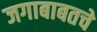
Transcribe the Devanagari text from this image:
जगाबाबतचे